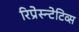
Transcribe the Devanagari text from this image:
रिप्रेस्न्टेटिव्स